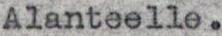
Alanteelle.